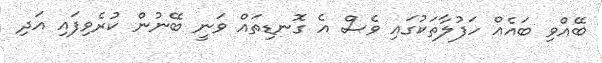
ބޭއްވި ބައެއް ހަފުލާތަކުގައި ވެސް އެ ގޮނޑިތައް ވަނީ ބޭނުން ކުރެވިފައި އަދި